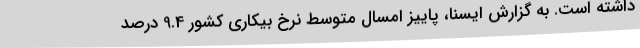
داشته است. به گزارش ایسنا، پاییز امسال متوسط نرخ بیکاری کشور 9.4 درصد